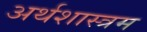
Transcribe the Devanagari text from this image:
अर्थशास्त्रम